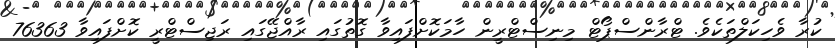
ކުރާ ވެހިކަލްތަކެވެ. ޓްރާންސްޕޯޓް މިނިސްޓްރީން ހާމަކޮށްފައިވާ ގޮތުގައި ރާއްޖޭގައި ރަޖިސްޓްރީ ކޮށްފައިވާ 76363